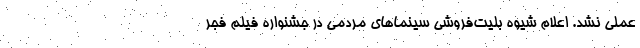
عملی نشد. اعلام شیوه بلیت‌فروشی سینماهای مردمی در جشنواره فیلم فجر